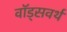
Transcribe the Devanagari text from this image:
वॉड्सवर्थ